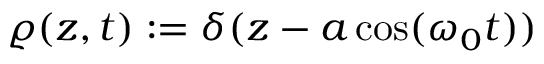
\varrho ( z , t ) : = \delta ( z - a \cos ( \omega _ { 0 } t ) )